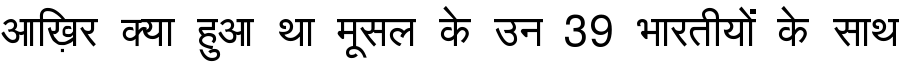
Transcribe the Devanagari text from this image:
आख़िर क्या हुआ था मूसल के उन 39 भारतीयों के साथ